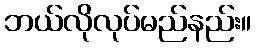
ဘယ်လိုလုပ်မည်နည်း။